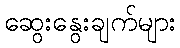
ဆွေးနွေးချက်များ